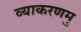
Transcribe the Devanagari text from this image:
व्याकरणमु